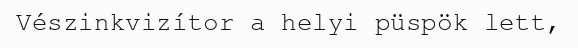
Vészinkvizítor a helyi püspök lett,